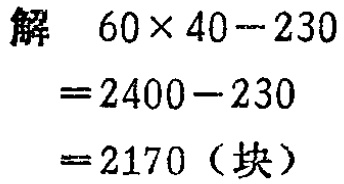
解

\[

\begin{align*}

&60\times40 - 230\\

=&2400 - 230\\

=&2170 \text{（块）}

\end{align*}

\]